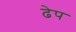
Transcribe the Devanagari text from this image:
ढेप